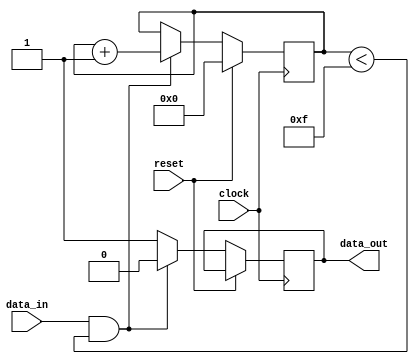
module almost_empty_fifo(
    input wire clock,
    input wire reset,
    input wire data_in,
    output reg data_out
);

reg [3:0] buffer_count;

always @(posedge clock) begin
    if (reset) begin
        buffer_count <= 4'b0;
    end else begin
        if (data_in && buffer_count < 4'b1111) begin
            buffer_count <= buffer_count + 1;
            data_out <= 1'b0;
        end else begin
            data_out <= 1'b1;
        end
    end
end

endmodule